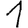
Digit: 1